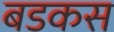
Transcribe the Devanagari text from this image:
बडकस